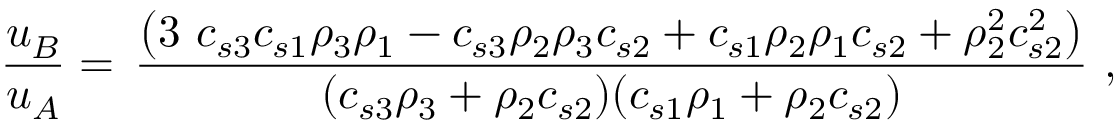
\frac { u _ { B } } { u _ { A } } = \, \frac { \left( 3 \ c _ { s 3 } c _ { s 1 } \rho _ { 3 } \rho _ { 1 } - c _ { s 3 } \rho _ { 2 } \rho _ { 3 } c _ { s 2 } + c _ { s 1 } \rho _ { 2 } \rho _ { 1 } c _ { s 2 } + \rho _ { 2 } ^ { 2 } c _ { s 2 } ^ { 2 } \right) } { ( c _ { s 3 } \rho _ { 3 } + \rho _ { 2 } c _ { s 2 } ) ( c _ { s 1 } \rho _ { 1 } + \rho _ { 2 } c _ { s 2 } ) } \ ,